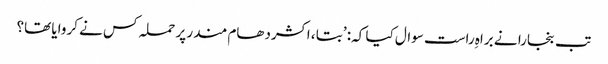
تب بنجارا نے براہِ راست سوال کیا کہ: ’بتا ، اکشردھام مندر پر حملہ کس نے کروایا تھا؟